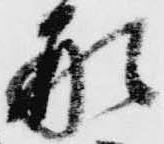
形